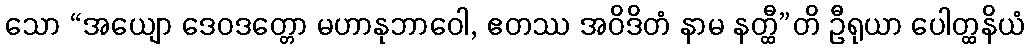
သော “အယျော ဒေဝဒတ္တော မဟာနုဘာဝေါ, ဧတဿ အဝိဒိတံ နာမ နတ္ထီ”တိ ဦရုယာ ပေါတ္ထနိယံ